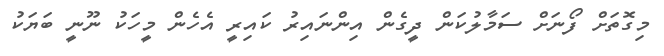
މިގޮތަށް ފޯނަށް ސަމާލުކަން ދީގެން އިންނައިރު ކައިރީ އެހެން މީހަކު ނޫނީ ބަޔަކު